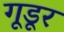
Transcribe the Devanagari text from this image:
गूडूर